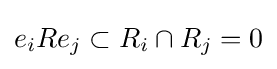
e_{i}Re_{j}\subset R_{i}\cap R_{j}=0